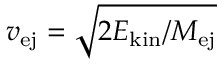
v _ { \mathrm { e j } } = \sqrt { 2 E _ { \mathrm { k i n } } / \ensuremath { M _ { \mathrm { e j } } } }